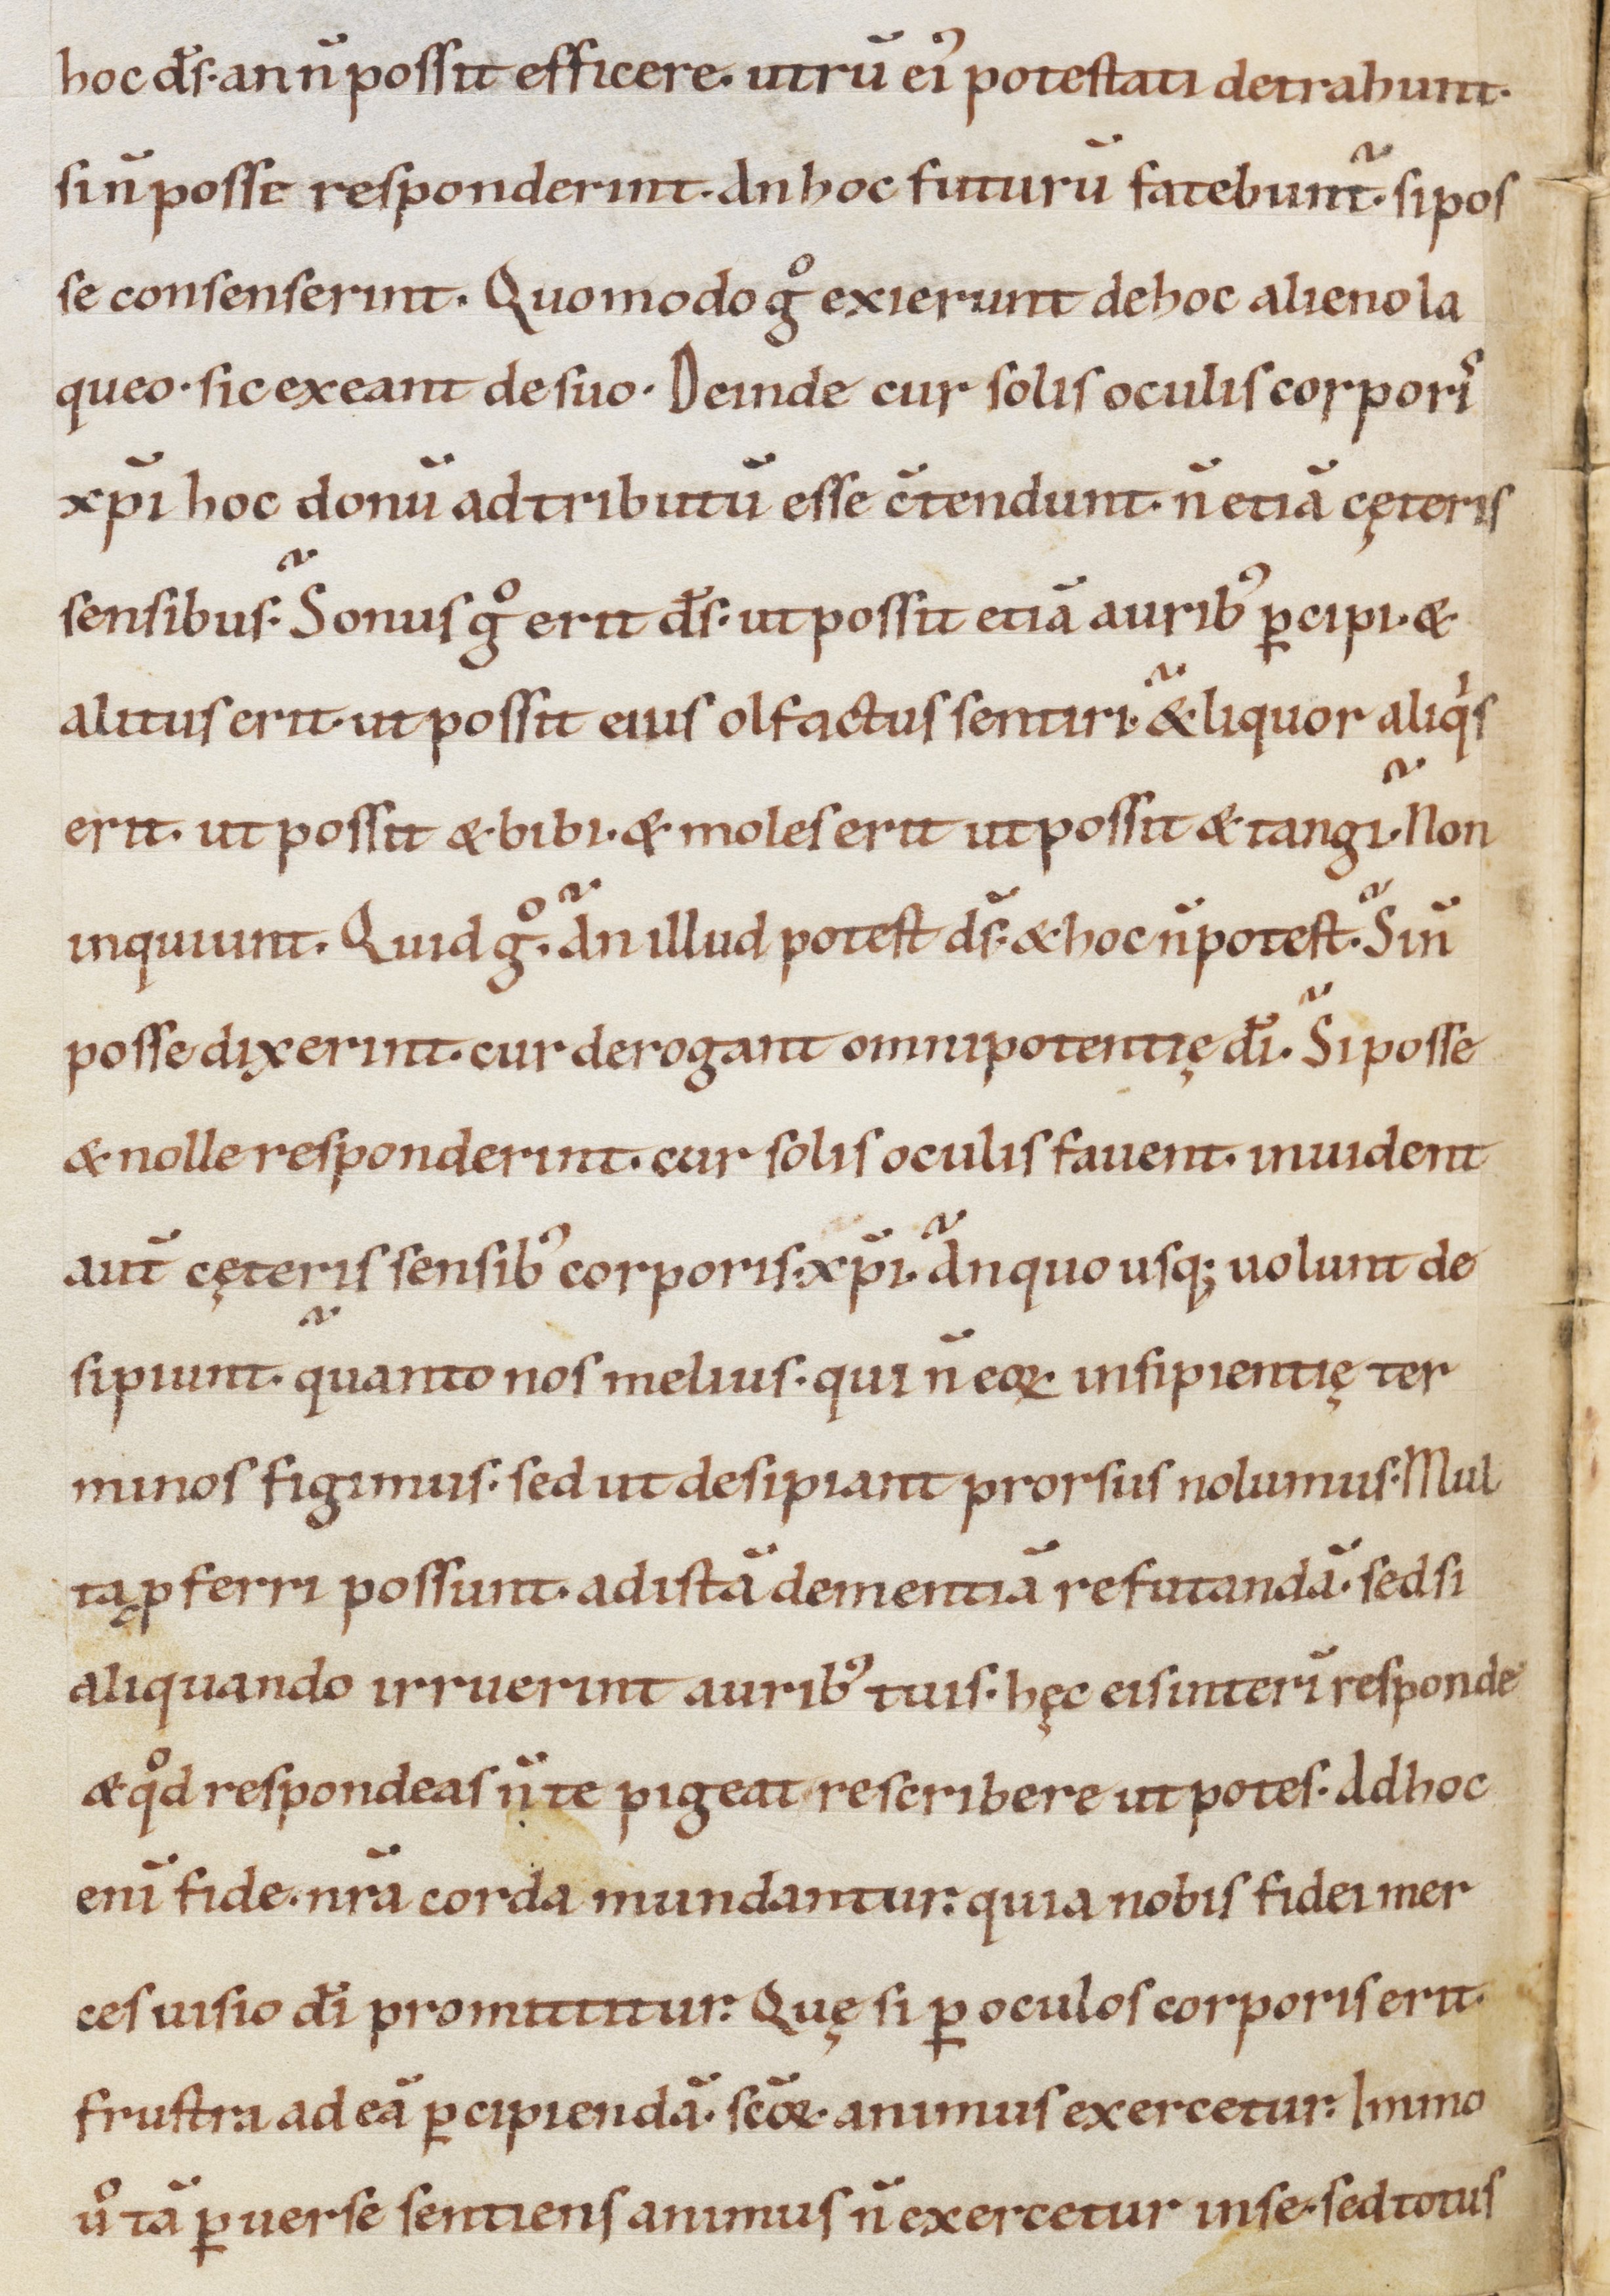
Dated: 1000–1099